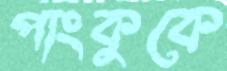
পাংকুকে